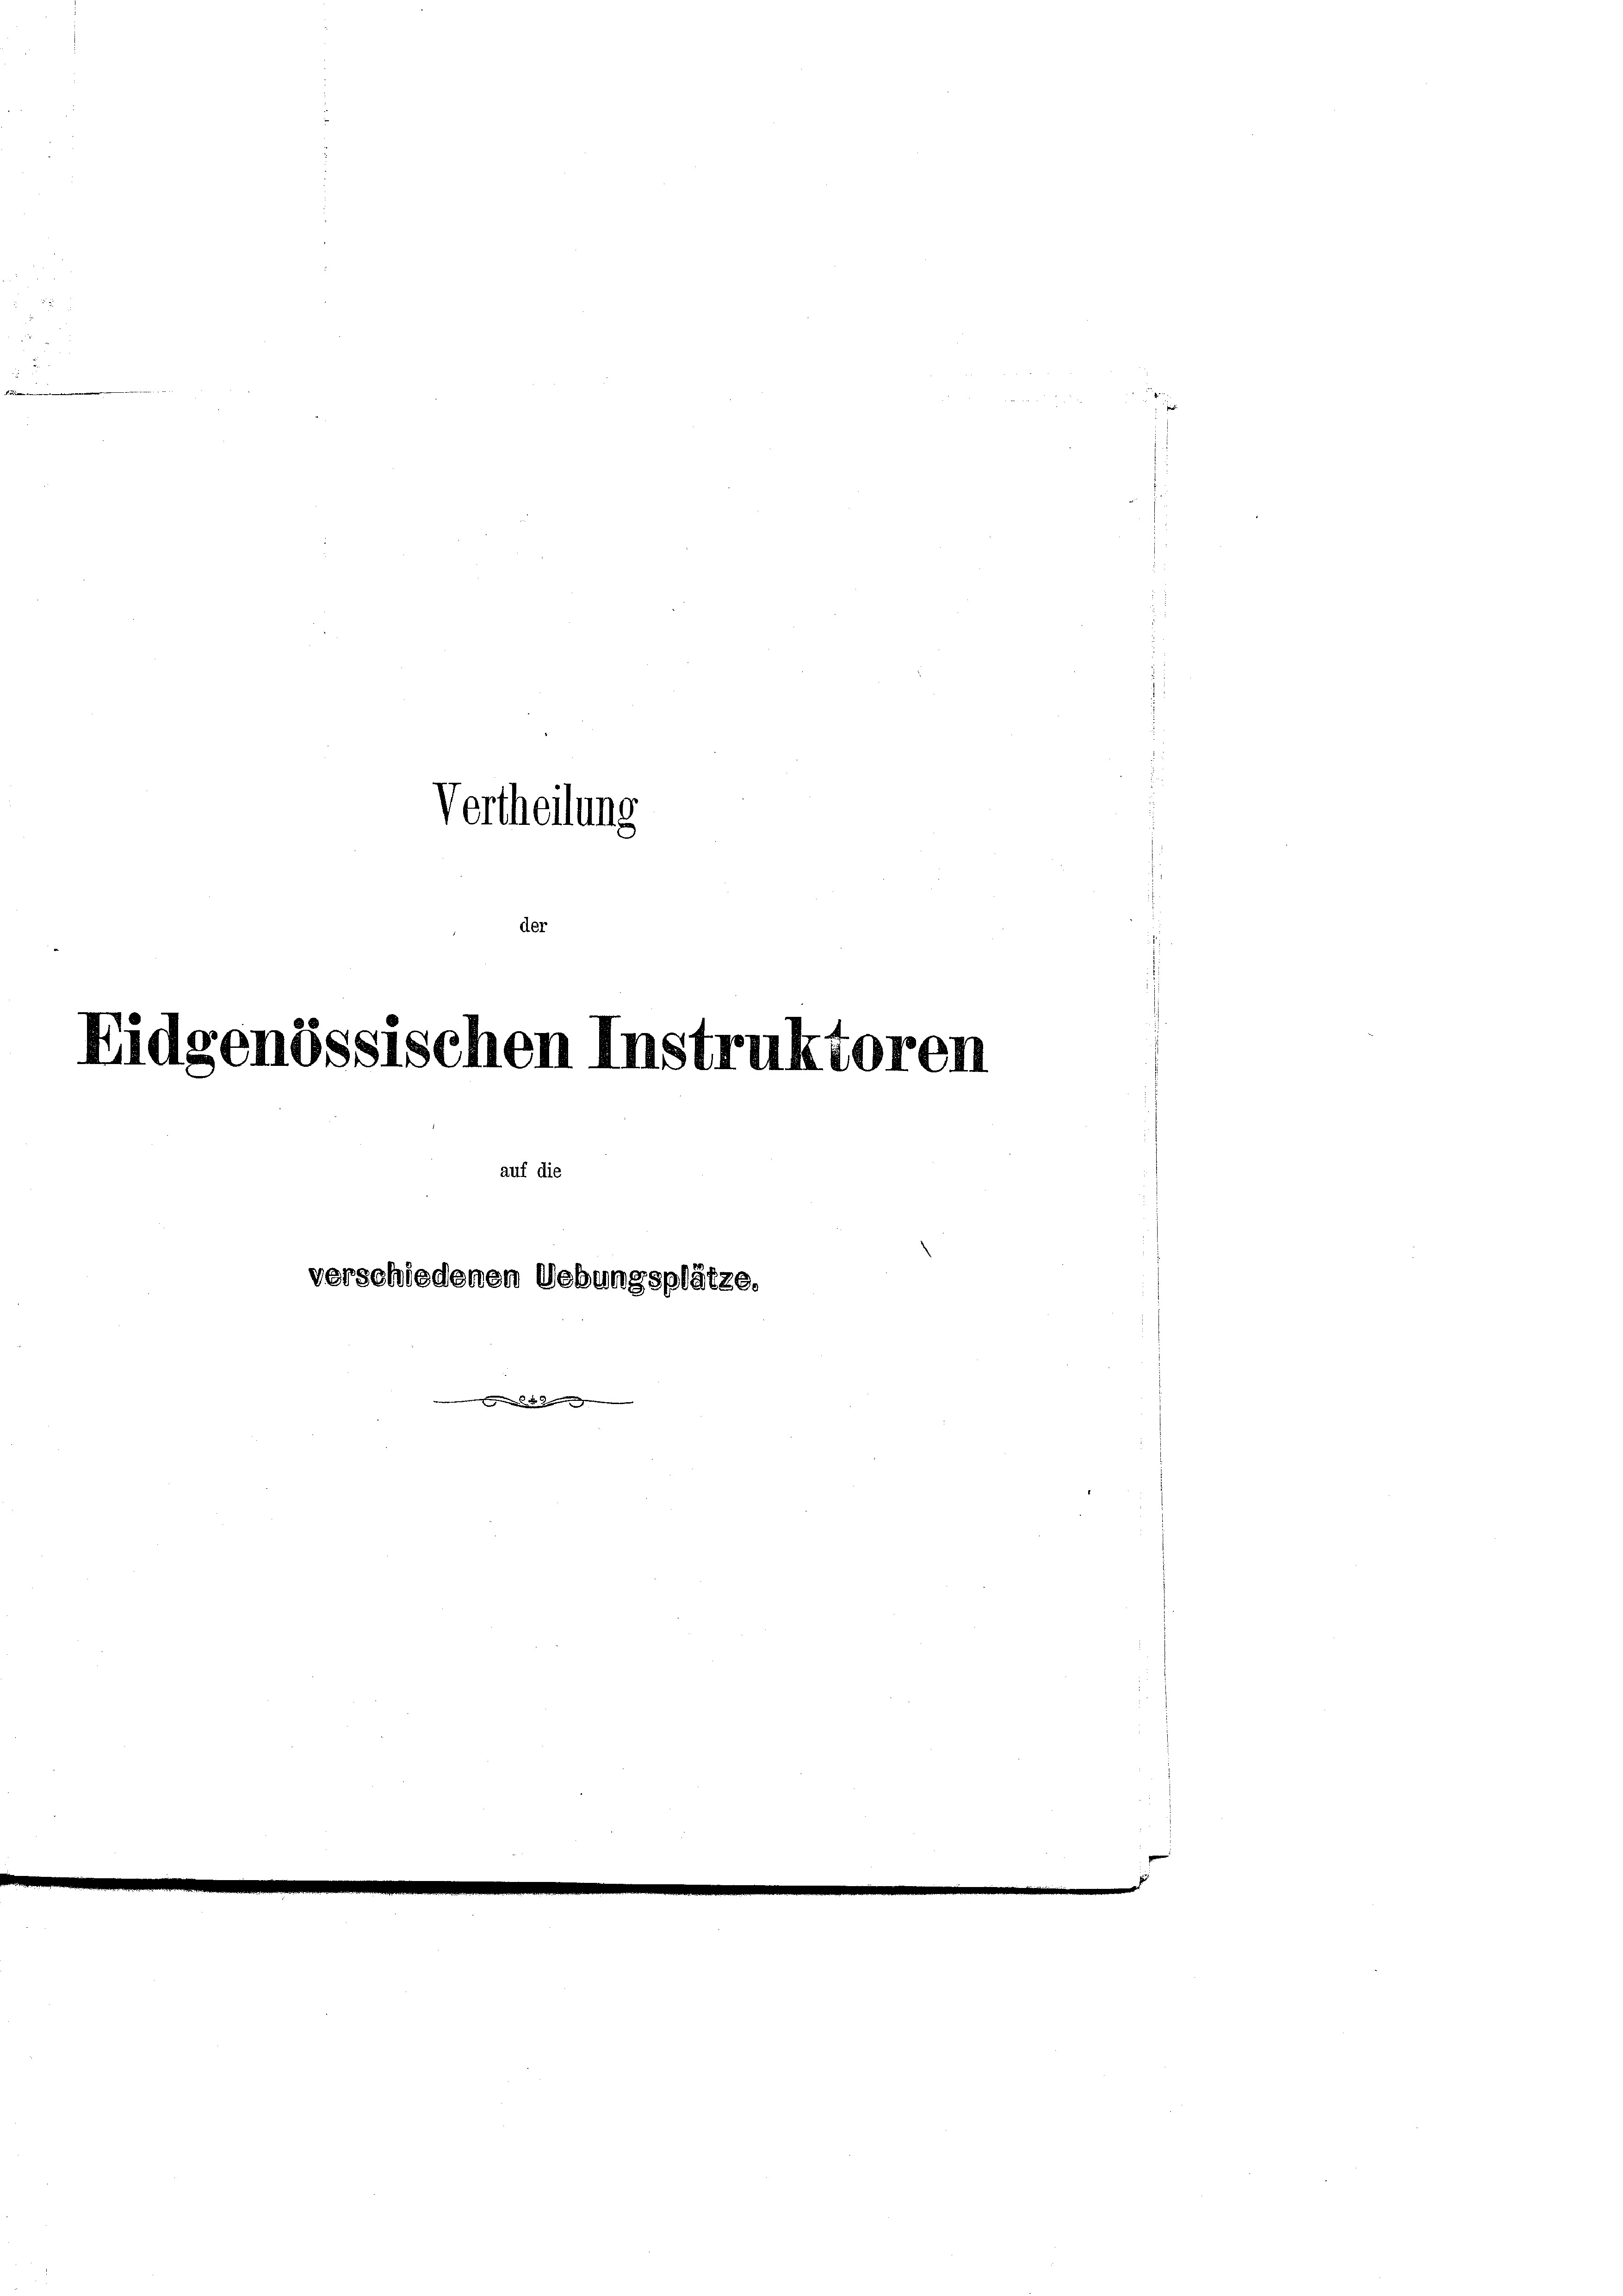
Vertheilung
der

Eidgenössischen Instruktoren
auf die
verschiedenen Uebungsplätze.
 . . .